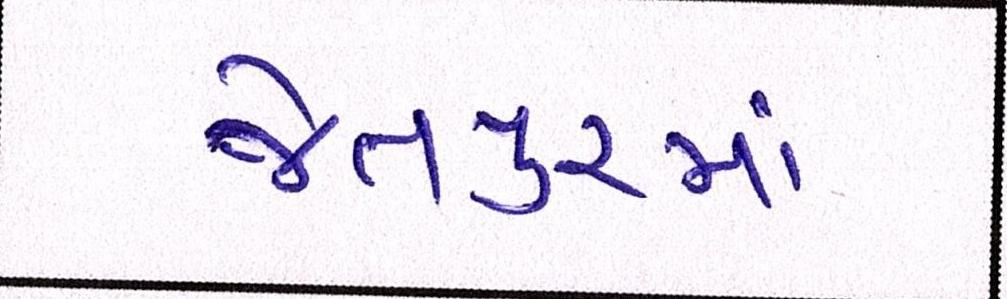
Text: જેતપુરમાં